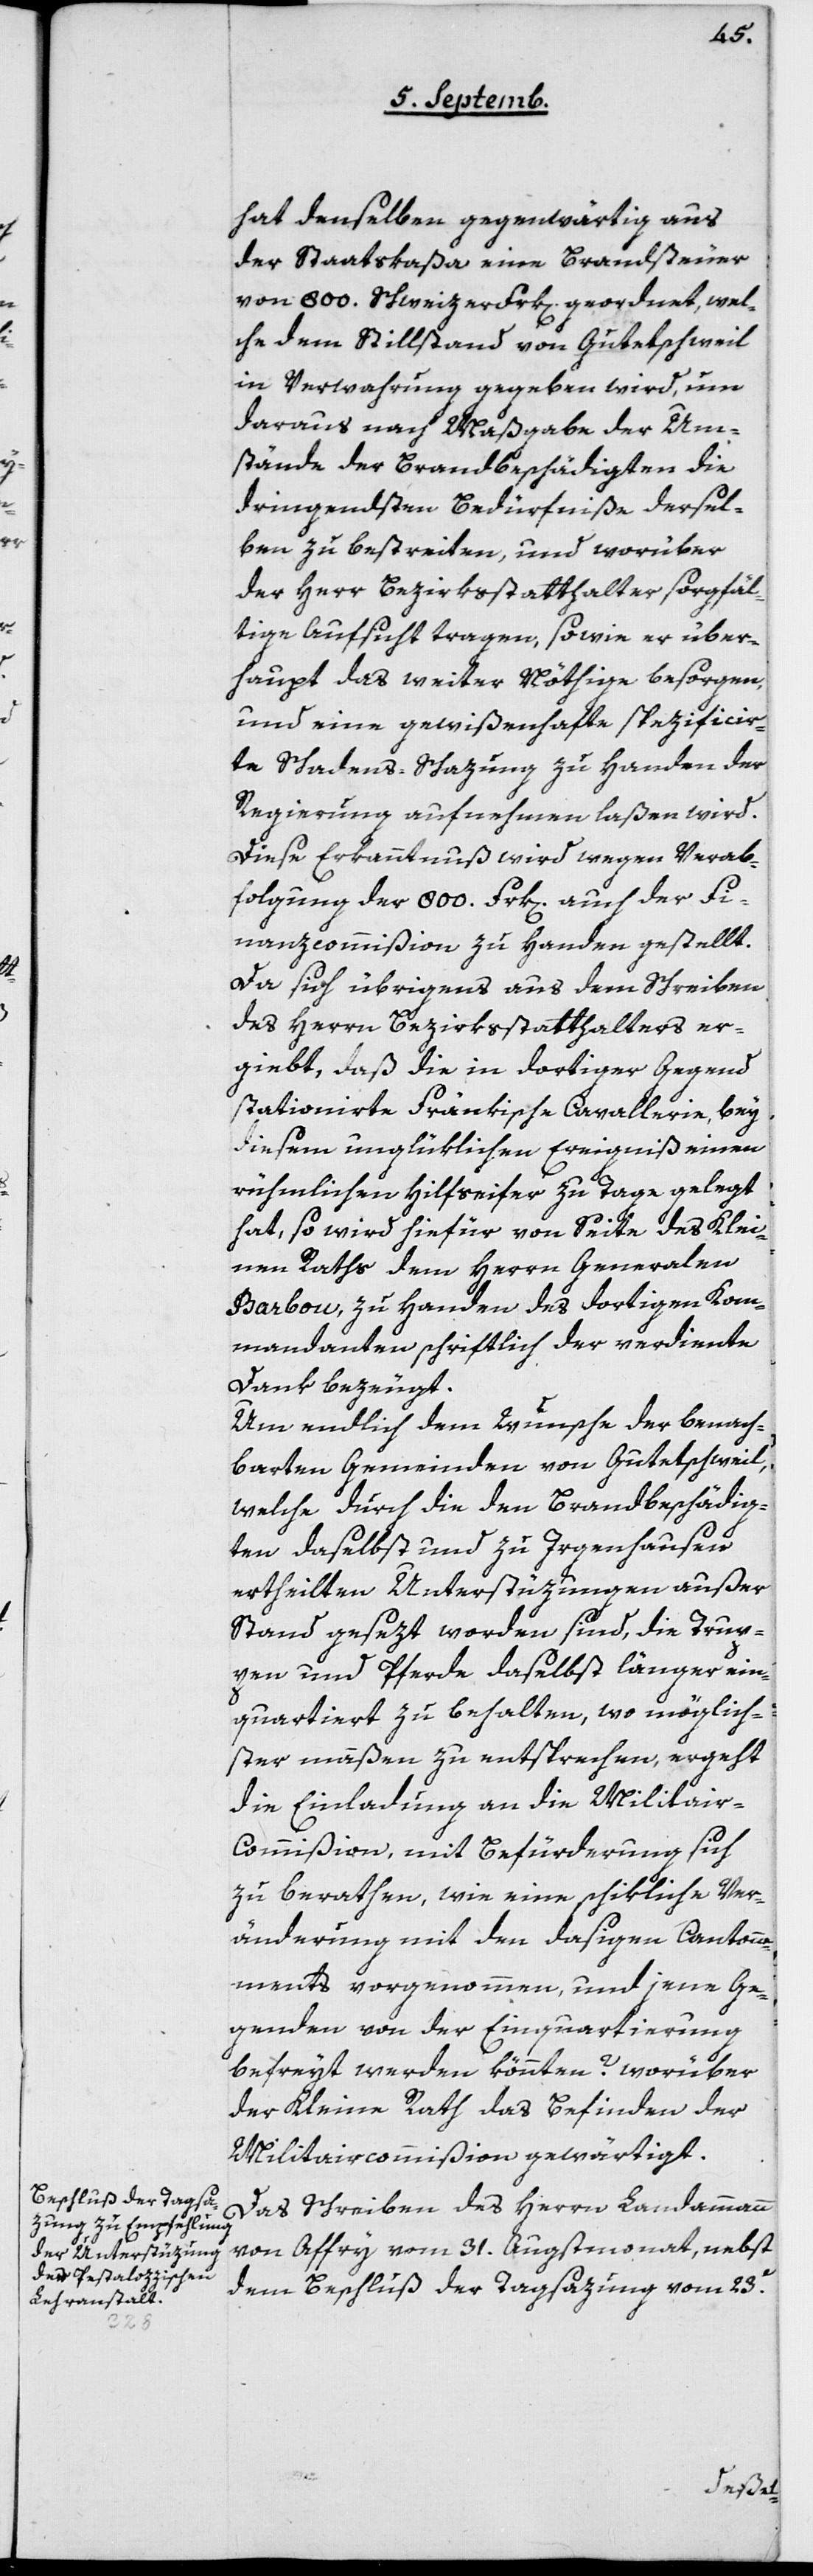
hat denselben gegenwärtig aus
der Staatskaßa eine Brandsteuer
von 800 Schweizerfrk[en] geordnet, wel¬
che dem Stillstand von Gutetschweil
in Verwahrung gegeben wird, um
daraus nach Maßgabe der Um¬
stände der Brandbeschädigten die
dringendsten Bedürfniße dersel¬
ben zu bestreiten, und worüber
der Herr Bezirksstatthalter sorgfäl¬
tige Aufsicht tragen, sowie er über¬
haupt das weiter Nöthige besorgen,
und eine gewißenhafte spezificir¬
te Schadensschatzung zu Handen der
Regierung aufnehmen laßen wird.
Diese Erkanntnuß wird wegen Verab¬
folgung der 800 Frk[en] auch der Fi¬
nanzcommißion zu Handen gestellt.
Da sich übrigens aus dem Schreiben
des Herrn Bezirksstatthalters er¬
giebt, daß die in dortiger Gegend
stationierte Fränkische Cavallerie, bey
diesem unglüklichen Ereigniß einen
rühmlichen Hilfseifer zu Tage gelegt
hat, so wird hiefür von Seite des Klei¬
nen Raths dem Herrn Generalen
Barbou, zu Handen des dortigen Kom¬
mandanten schriftlich der verdiente
Dank bezeugt.
Um endlich dem Wunsche der benach¬
barten Gemeinden von Gutetschweil,
welche durch die den Brandbeschädig¬
ten daselbst und zu Irgenhausen
ertheilten Unterstüzungen außer
Stand gesezt worden sind, die Trup¬
pen und Pferde daselbst länger ein¬
quartiert zu behalten, wo möglich¬
ster maaßen zu entsprechen, ergeht
die Einladung an die Militai¬
r-Commißion, mit Befürderung sich
zu berathen, wie eine schikliche Ver¬
änderung mit den dasigen Cantonne¬
ments vorgenommen, und jene Ge¬
genden von der Einquartierung
befreyt werden könnten? Worüber
der Kleine Rath das Befinden der
Militaircommißion gewärtigt.
Das Schreiben des Herrn Landammann
von Affry vom 31. Augstmonat, nebst
dem Beschluß der Tagsazung vom 23e